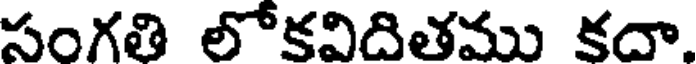
సంగతి లోకవిదితము కదా.